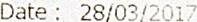
DATE : 28/03/2017